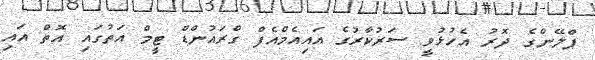
ޕްލޭންގެ ދޮރު އެހުޅުވީ ސަރުކާރުގެ އައިއެމްއެފް ގްރައުންޑް ޓީމް އަތުގައި އޮތް އައި